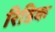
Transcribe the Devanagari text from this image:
रिडिक